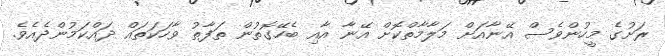
ރަށުގެ މީހުންވެސް އޭނާއަށް މަލާމާތްކޮށް އޭނާ އާއި ބެހޭގޮތުން ތަފާތު ވާހަކަތައް ދައްކަމުންދެއެވެ.